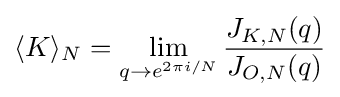
\langle K\rangle _{N}=\lim _{q\to e^{2\pi i/N}}{\frac {J_{K,N}(q)}{J_{O,N}(q)}}